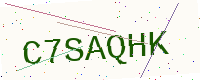
Text: C7SAQHK